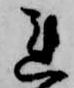
連